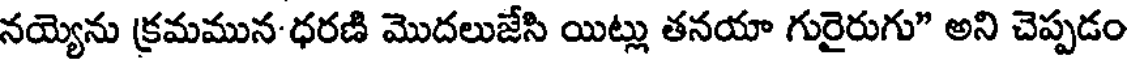
నయ్యెను క్రమమున-ధరణి మొదలుజేసి యిట్లు తనయా గురైరుగు" అని చెప్పడం